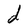
Character: d